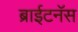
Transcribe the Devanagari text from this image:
ब्राईटनॅस